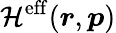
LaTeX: \mathcal{H}^{\mathrm{eff}}(\boldsymbol{r},\boldsymbol{p})